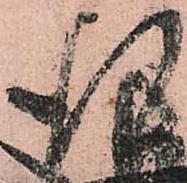
行